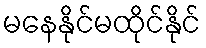
မနေနိုင်မထိုင်နိုင်